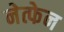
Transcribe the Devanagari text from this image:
नेत्फेन